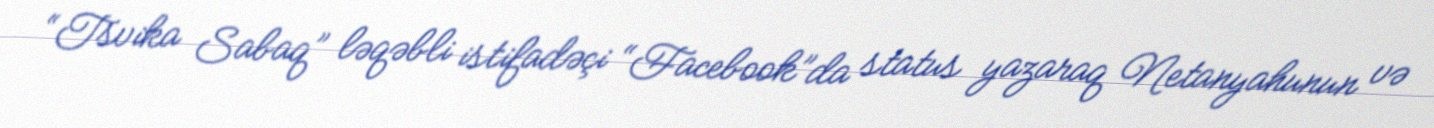
“Tsvika Sabaq” ləqəbli istifadəçi “Facebook”da status yazaraq Netanyahunun və